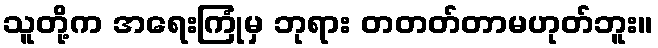
သူတို့က အရေးကြုံမှ ဘုရား တတတ်တာမဟုတ်ဘူး။